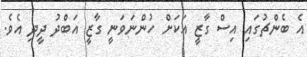
އެ ބެންޗުގައި އިސް ގާޒީ އަކަށް ހުންނަވަނީ ގާޒީ އަބްދު ދީދި އެވެ.